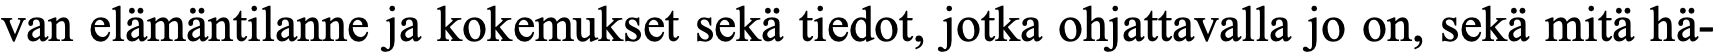
van elämäntilanne ja kokemukset sekä tiedot, jotka ohjattavalla jo on, sekä mitä hä-